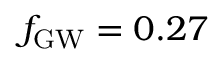
\ensuremath { f _ { \mathrm { G W } } } = 0 . 2 7